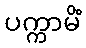
ပက္ကာမိံ